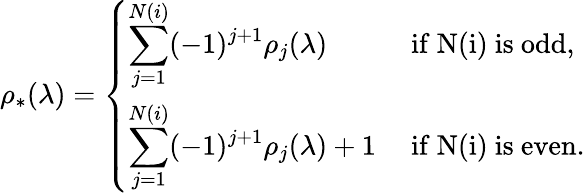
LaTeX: \rho_{*}(\lambda)=\left\{ \begin{array}{ll}{\displaystyle\sum_{j=1}^{N(i)}(-1)^{j+1}\rho_{j}(\lambda)}&{\mathrm{~if~N(i)~is~odd},}\\ {\displaystyle\sum_{j=1}^{N(i)}(-1)^{j+1}\rho_{j}(\lambda)+1}&{\mathrm{~if~N(i)~is~even}.}\end{array}\right.